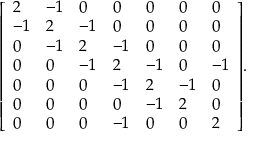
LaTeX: { \left[ \begin{array} { l l l l l l l } { 2 } & { - 1 } & { 0 } & { 0 } & { 0 } & { 0 } & { 0 } \\ { - 1 } & { 2 } & { - 1 } & { 0 } & { 0 } & { 0 } & { 0 } \\ { 0 } & { - 1 } & { 2 } & { - 1 } & { 0 } & { 0 } & { 0 } \\ { 0 } & { 0 } & { - 1 } & { 2 } & { - 1 } & { 0 } & { - 1 } \\ { 0 } & { 0 } & { 0 } & { - 1 } & { 2 } & { - 1 } & { 0 } \\ { 0 } & { 0 } & { 0 } & { 0 } & { - 1 } & { 2 } & { 0 } \\ { 0 } & { 0 } & { 0 } & { - 1 } & { 0 } & { 0 } & { 2 } \end{array} \right] } .